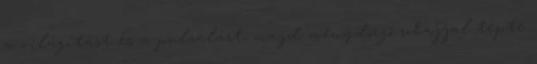
a világítást és a pulzálást, majd menydörgő robajjal tépte